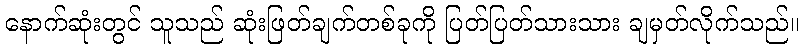
နောက်ဆုံးတွင် သူသည် ဆုံးဖြတ်ချက်တစ်ခုကို ပြတ်ပြတ်သားသား ချမှတ်လိုက်သည်။